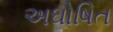
અઘોષિત